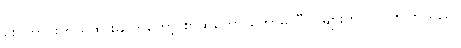
မိုးကောင်းကို ရထားဆိုက်တော့ စာဆိုတော် ကော်မတီဝင်များက လာကြိုကြသည်။